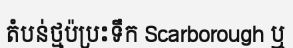
តំបន់ថ្មប៉ប្រះទឹក Scarborough ឬ